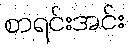
စာရင်းအင်း